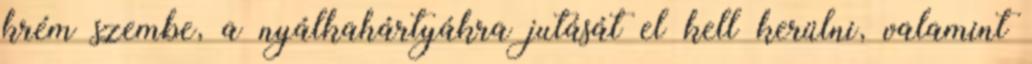
krém szembe, a nyálkahártyákra jutását el kell kerülni, valamint